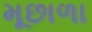
મૂછાળા